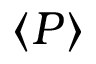
\langle P \rangle